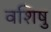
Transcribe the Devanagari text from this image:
वशिषु